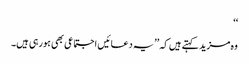
‘‘
وہ مزید کہتے ہیں کہ ’’یہ دعائیں اجتماعی بھی ہورہی ہیں۔